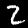
Label: 2